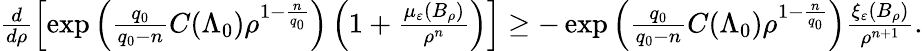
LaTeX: \begin{array}{r}{\frac{d}{d\rho}\left[\exp\left(\frac{q_{0}}{q_{0}-n}C(\Lambda_{0})\rho^{1-\frac{n}{q_{0}}}\right)\left(1+\frac{\mu_{\varepsilon}(B_{\rho})}{\rho^{n}}\right)\right]\geq-\exp\left(\frac{q_{0}}{q_{0}-n}C(\Lambda_{0})\rho^{1-\frac{n}{q_{0}}}\right)\frac{\xi_{\varepsilon}(B_{\rho})}{\rho^{n+1}}.}\end{array}